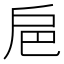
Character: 𢨴